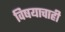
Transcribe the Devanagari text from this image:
विषयाचाही